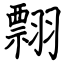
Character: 翲